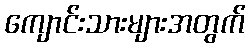
ကျောင်းသားများအတွက်